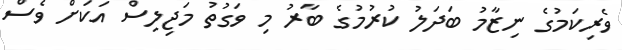
ވެރިކަމުގެ ނިޒާމު ބަދަލު ކުރުމުގެ ބާރު މި ވަގުތު މަޖިލިސް އަކަަށް ވެސް